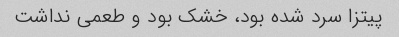
پیتزا سرد شده بود، خشک بود و طعمی نداشت